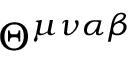
\Theta ^ { \mu \nu \alpha \beta }